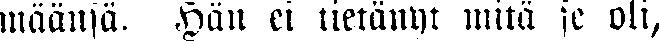
määnsä. Hän ei tietänyt mitä se oli,